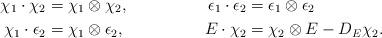
LaTeX: \begin{align*} \chi_1 \cdot \chi_2 & = \chi_1 \otimes \chi_2, & \epsilon_1 \cdot \epsilon_2 & = \epsilon_1 \otimes \epsilon_2 \\ \chi_1 \cdot \epsilon_2 & = \chi_1 \otimes \epsilon_2, & E \cdot \chi_2 & = \chi_2 \otimes E - D_{E} \chi_2.\end{align*}